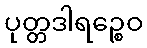
ပုတ္တဒါရဉ္စေဝ